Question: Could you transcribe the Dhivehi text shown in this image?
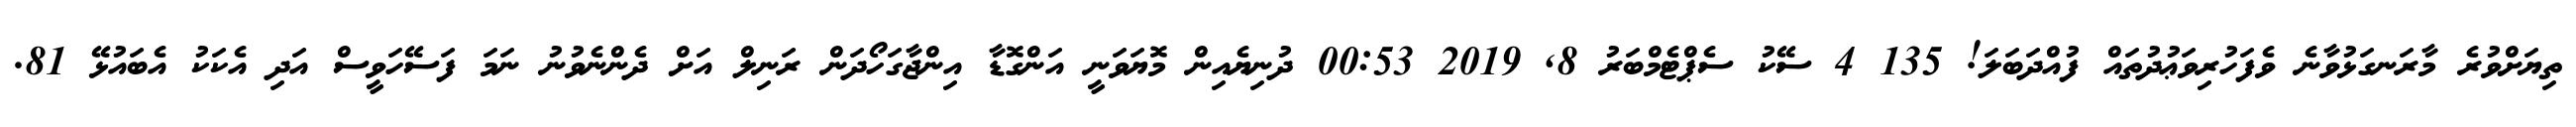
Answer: ތިޔަށްވުރެ މާރަނގަޅުވާނެ ވެފަހުރިވަޢުދުތައް ފުއްދަބަލަ! 135 4 ސޭކު ސެޕްޓެމްބަރު 8, 2019 00:53 ދުނިޔެއިން މޮޔަވަނީ އަންގޮޑާ އިންޖާގަހޯދަން ރަނިލް އަށް ދެންނެވުނު ނަމަ ފަސޭހަވީސް އަދި އެކަކު އެބައުޅޭ 81.